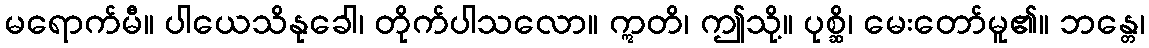
မရောက်မီ။ ပါယေသိနုခေါ၊ တိုက်ပါသလော။ ဣတိ၊ ဤသို့။ ပုစ္ဆိ၊ မေးတော်မူ၏။ ဘန္တေ၊